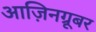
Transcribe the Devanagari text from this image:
आज़िनग्रूबर